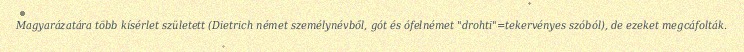
Magyarázatára több kísérlet született (Dietrich német személynévből, gót és ófelnémet "drohti"=tekervényes szóból), de ezeket megcáfolták.